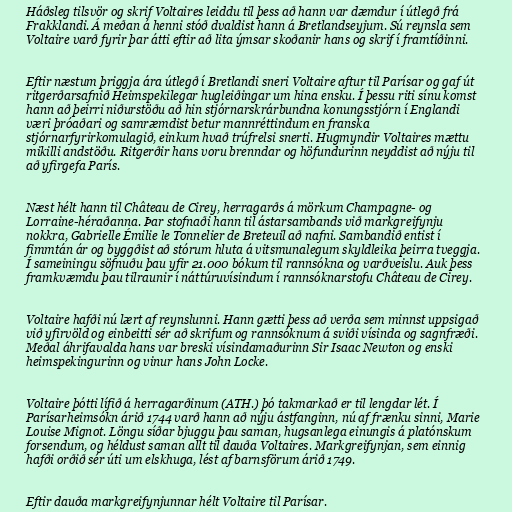
Háðsleg tilsvör og skrif Voltaires leiddu til þess að hann var dæmdur í útlegð frá
Frakklandi. Á meðan á henni stóð dvaldist hann á Bretlandseyjum. Sú reynsla sem
Voltaire varð fyrir þar átti eftir að lita ýmsar skoðanir hans og skrif í framtíðinni.

Eftir næstum þriggja ára útlegð í Bretlandi sneri Voltaire aftur til Parísar og gaf út
ritgerðarsafnið Heimspekilegar hugleiðingar um hina ensku. Í þessu riti sínu komst
hann að þeirri niðurstöðu að hin stjórnarskrárbundna konungsstjórn í Englandi
væri þróaðari og samræmdist betur mannréttindum en franska
stjórnarfyrirkomulagið, einkum hvað trúfrelsi snerti. Hugmyndir Voltaires mættu
mikilli andstöðu. Ritgerðir hans voru brenndar og höfundurinn neyddist að nýju til
að yfirgefa París.

Næst hélt hann til Château de Cirey, herragarðs á mörkum Champagne- og
Lorraine-héraðanna. Þar stofnaði hann til ástarsambands við markgreifynju
nokkra, Gabrielle Émilie le Tonnelier de Breteuil að nafni. Sambandið entist í
fimmtán ár og byggðist að stórum hluta á vitsmunalegum skyldleika þeirra tveggja.
Í sameiningu söfnuðu þau yfir 21.000 bókum til rannsókna og varðveislu. Auk þess
framkvæmdu þau tilraunir í náttúruvísindum í rannsóknarstofu Château de Cirey.

Voltaire hafði nú lært af reynslunni. Hann gætti þess að verða sem minnst uppsigað
við yfirvöld og einbeitti sér að skrifum og rannsóknum á sviði vísinda og sagnfræði.
Meðal áhrifavalda hans var breski vísindamaðurinn Sir Isaac Newton og enski
heimspekingurinn og vinur hans John Locke.

Voltaire þótti lífið á herragarðinum (ATH.) þó takmarkað er til lengdar lét. Í
Parísarheimsókn árið 1744 varð hann að nýju ástfanginn, nú af frænku sinni, Marie
Louise Mignot. Löngu síðar bjuggu þau saman, hugsanlega einungis á platónskum
forsendum, og héldust saman allt til dauða Voltaires. Markgreifynjan, sem einnig
hafði orðið sér úti um elskhuga, lést af barnsförum árið 1749.

Eftir dauða markgreifynjunnar hélt Voltaire til Parísar.